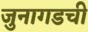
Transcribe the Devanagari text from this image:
जुनागडची